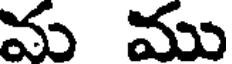
మ ము